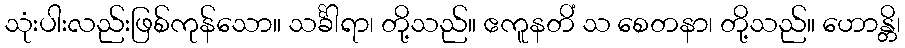
သုံးပါးလည်းဖြစ်ကုန်သော။ သင်္ခါရာ၊ တို့သည်။ ဧကူနတိံ သ စေတနာ၊ တို့သည်။ ဟောန္တိ၊